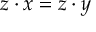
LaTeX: z \cdot x = z \cdot y